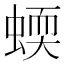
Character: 蝡